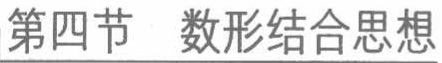
第四节  数形结合思想